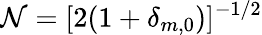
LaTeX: \mathcal{N}=[2(1+\delta_{m,0})]^{-1/2}